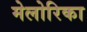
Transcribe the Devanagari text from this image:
मेलोरिका